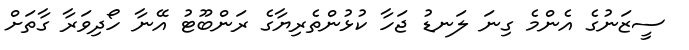
ސީޒަނުގެ އެންމެ ގިނަ ލަނޑު ޖަހާ ކުޅުންތެރިޔާގެ ރަންބޫޓު އޭނާ ހޯދިވަރާ ގާތަށް